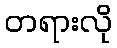
တရားလို